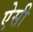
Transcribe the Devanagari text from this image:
एेसी